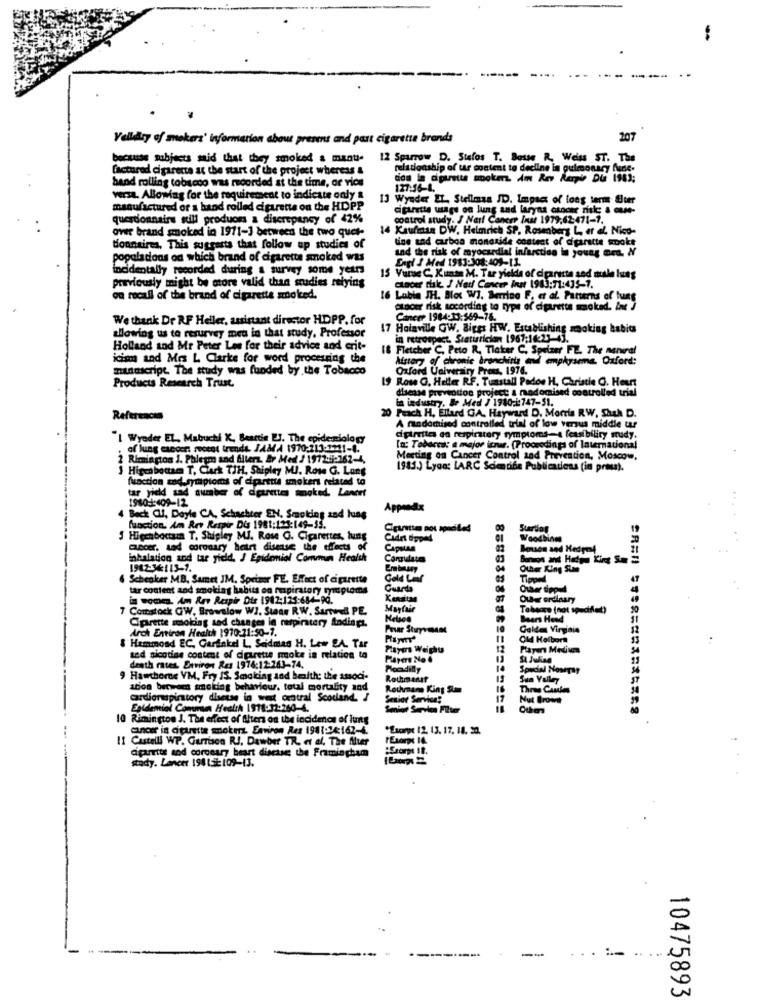
Velldry of mokers' information about present and part cigarette brands
207
because subjects said that they smoked a manu- 12 Sparrow D. Stefos T. Bosse R, Weiss ST. The
factured cigaretta at the start of the project whereas &
relationship of ur montent to decline in pulmonary fine.
hand rolling tobacco was recorded at the time, or vice
127:56-4.
versa. Allowing for the requirement to indicate only &
13 Wynder EL Stellmas ID. Impact of long term Ster
manufactured or a hand rolled cigarette on the HDPP
cigarette usage on lung and laryns chocer ril; & oue-
querdonnairs still produoss a discrepancy of 42%
study. J Nail Cancer Inst 1979,62-471-1.
over brand smoked in 1971-1 between the two quet-
14 Kaufman DW, Helmet SP. Rosenberg L, er et Nico-
tine and carbon monoxide content of cigarette smoke
tionnaires, This suggests that follow up studies of
and the risk of myocardial infarction in young mrs. N
populations od which brand of cigarette smoked was
Engl J Med 1983:308:401-11.
incidentally recorded during a survey some years
15 Vurue C. Kitts M. Tar yields of diparutta sad mule luss
previously might be more valid than studies relying
ctncer risk. I Ned Cancer inst 1983:71:435-1.
ou recall of the brand of cigarette smoked.
16 Lubin JH. Bloc WW7. Berrino F, et al. Patterns of lung
cancer risk according to type of cigarette smoked. Int J
We thank Dr RF Heller, assistant director HDPP. for
Cancer 1984:33:569-74.
allowing us to resurvey meu in that study, Professor
17 Holaville GW. Biggs HW. Establishing smoking habits
in retrospect. Statirrician 1967:14:23-4].
Holland and Mr Peter Les for their advice and crit-
18 Fletcher C. Peto R. Ticker C. Spelzer FE. The aanval
icism and Mrs L Clarke for word processing the
history of chronic bronchitis avil emphysema. Oxford:
manuscript. The study was funded by the Tobacco
Oxford University Press, 1976.
Products Research Trust.
19 Rose G. Heller RF. Tunstall Pados H. Christie O. Heart
disease prevention project a modomaised controlled trial
20 Peach H, Ellard GA. Hayward D. Morria RW, Shah D.
in industry. Br Med J 1980-1:747-51.
Referencia
A madochised controlled trial of low versus middle uur
"I Wyoder EL, Mabuchi K, Beartin ILJ. The epidemiology
apimite en respiratory symptoms-4 feasibility rudy.
of lung cancer, mocat trends. JAMA 1970:213-2251-4.
In: Tobacco: a major issue. (Proceedings of International
2 Rimington J. Phlegm and Allers, Ar Med / 1972:5-162-4.
Meeting on Cancer Control and Prevention, Moscow,
1 Higcabouse T, Clark TIH. Shipley MJ. Rose G. Lang
1983) Lyon: LARC Scientide Publications (in press).
function and symptoms of cigarette smokers related to
tar yield tad number of dearetes smoked. Lancet
1980-1:409-12
Appendix
Beck CI, Doyle CA, Schachter EN, Smoking zad lung
function. Am Rey Respir Di 1981:123:149-35.
Cigarette pos speciled
Starsof
! Hiçenbocum T. Shipley MJ. Rose G. Cigarettes, lung
Ción dipped
Woodbine
accer. sad coronary heart disease the effects of
Capstan
Souon and Hedresd
inhalation and tar yield. J Epidemiol Commun Health
Conquiste
1982-34113-1.
Embassy
Other King Summ
6 Schenker MB. Samet JM. Sprimer FE. Effect of cigarette
Gold Leaf
tar content and smoking habits on mapiratory symptoms
Guarda
in women. Am Rev Respir Die 1982:125:684-90.
Que ordinary
Comstock GW, Brownlow WI. Stane RW. Surtved PE.
Mayfair
Tabacre (not specified!)
Oprette smoking sed changes in respiratory Andingt.
Beers Head
Arch Environ Health 1970-21:50-1.
Golden Virginia
Hammond EC, Garfinkel L. Saidmas H. Low BA. Tar
Old Holborn
Flayos Weighu
sed sicotise content of cigarette role in relation to
St Julian
death rates. Environ Res 1976:12:243-74.
Poadilly
14
Special NowTsy
9 Hawthorne VM, Fry 13. Smoking and health; the associ-
Rotmanst
Sun Valley
acon berween anoking behaviour. total mortality and
Rothmans King Som
16
Three Candles
crdionspintory diaetse in west oratral Scodand /
Senior Service!
17
Nut Brown
Epidemiol Commun Health 1918:32:260-4.
Rimington J. The effect of Alters on the incidmas of luns
cancer in citarette smokers. Environ Res 1911:14:162-4.
*Escarpe 12 13. 17. 18. 20.
11 Castelli WP. Garrison RJ. Dawber TR. et al. The Alter
agarrits and coronary heart disease the Framingham
study. Lancer 194132:109-13.
10475893